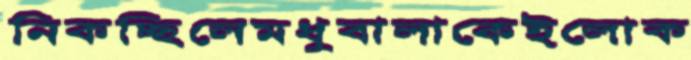
নিকচ্ছিলেমধুবালাকেইলোক